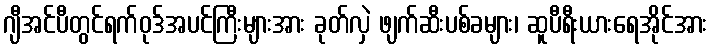
ဂျီအင်ပီတွင်ရက်ဝုဒ်အပင်ကြီးများအား ခုတ်လှဲ ဖျက်ဆီးပစ်ခများ၊ ဆူပီရီးယားရေအိုင်အား